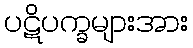
ပဋိပက္ခများအား